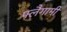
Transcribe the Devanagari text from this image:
फ्लैगामी